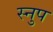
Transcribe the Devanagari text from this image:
स्नुप